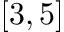
[ 3 , 5 ]